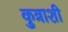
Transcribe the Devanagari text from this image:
कुत्राशी